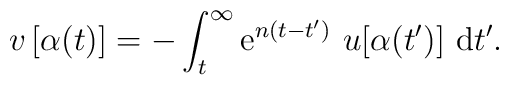
v\,[\alpha (t)]=-\int_{t}^{\infty }{\rm e}^{n(t-t^{\prime })}\,\,u[\alpha(t^{\prime })]\,\,{\rm d}t^{\prime }.